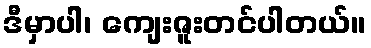
ဒီမှာပါ၊ ကျေးဇူးတင်ပါတယ်။